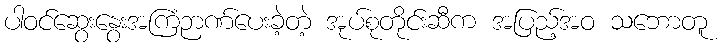
ပါဝင်ဆွေးနွေးအကြံဉာဏ်ပေးခဲ့တဲ့ အုပ်စုတိုင်းဆီက အပြည့်အဝ သဘောတူ